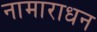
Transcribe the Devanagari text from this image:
नामाराधन